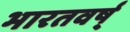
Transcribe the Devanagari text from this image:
भारतवर्ष्